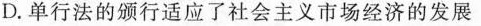
D.单行法的颁行适应了社会主义市场经济的发展